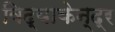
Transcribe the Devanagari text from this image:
विद्याकेन्द्र